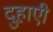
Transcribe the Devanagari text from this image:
दुहाएी